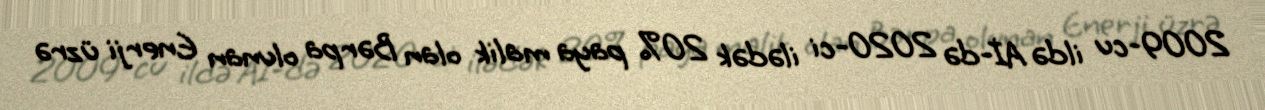
2009-cu ildə Aİ-də 2020-ci ilədək 20% paya malik olan Bərpa olunan Enerji üzrə